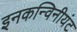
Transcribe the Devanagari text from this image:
इनकन्विनीयंट